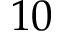
1 0